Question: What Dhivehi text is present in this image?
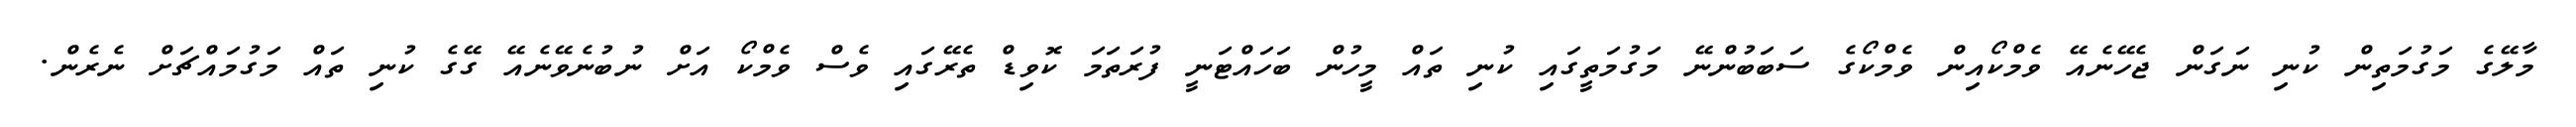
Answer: މާލޭގެ މަގުމަތިން ކުނި ނަގަން ޖެހޭނެއޭ ވެމްކޯއިން ވެމްކޯގެ ސަބަބުންނޭ މަގުމަތީގައި ކުނި ތައް މީހުން ބަހައްޓަނީ ފުރަތަމަ ކޮވިޑް ތެރޭގައި ވެސް ވެމްކޯ އަށް ނުބުނެވޭނެއޭ ގޭގެ ކުނި ތައް މަގުމައްޗަށް ނެރެން.